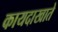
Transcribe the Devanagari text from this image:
कायदाखाते